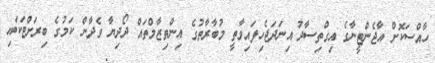
ހާއްސަކޮށް އާޖެންޓީނާގެ އިގްތިސާދު އިނަދަޖެހިފައިވާތީ މުބާރާތުގެ އިންތިޒާމްތައް ދޯދިޔާ ވެދާން ކަމުގެ ބިރަށްޓަކައި